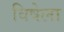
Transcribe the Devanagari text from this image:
विषेला